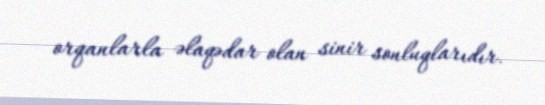
orqanlarla əlaqədar olan sinir sonluqlarıdır.